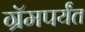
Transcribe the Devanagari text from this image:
ग्रॅमपर्यंत